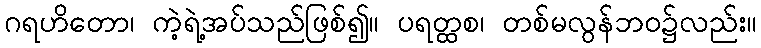
ဂရဟိတော၊ ကဲ့ရဲ့အပ်သည်ဖြစ်၍။ ပရတ္ထစ၊ တစ်မလွန်ဘဝ၌လည်း။